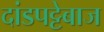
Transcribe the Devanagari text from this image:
दांडपट्टेबाज